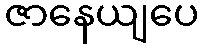
ဇာနေယျပေ